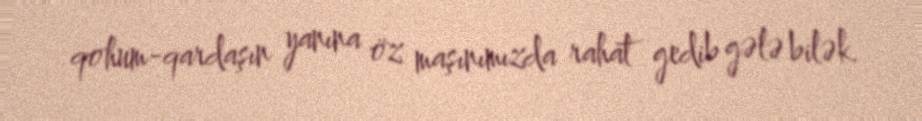
qohum-qardaşın yanına öz maşınımızda rahat gedib gələ bilək.